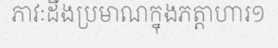
ភាវៈដឹងប្រមាណក្នុងភត្តាហារ១